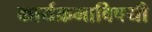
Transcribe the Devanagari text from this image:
कार्यक्रमाविषयी